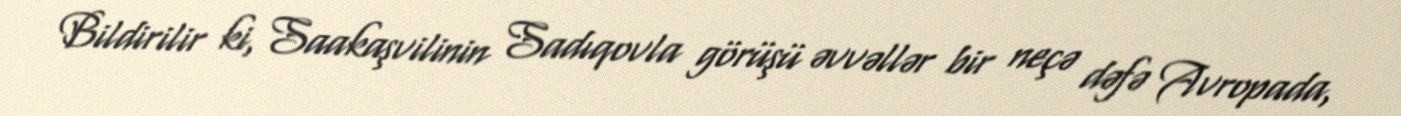
Bildirilir ki, Saakaşvilinin Sadıqovla görüşü əvvəllər bir neçə dəfə Avropada,